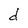
Character: d